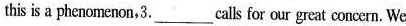
this is a phenomenon,3.____calls for our great concern. We